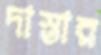
দাস্তার